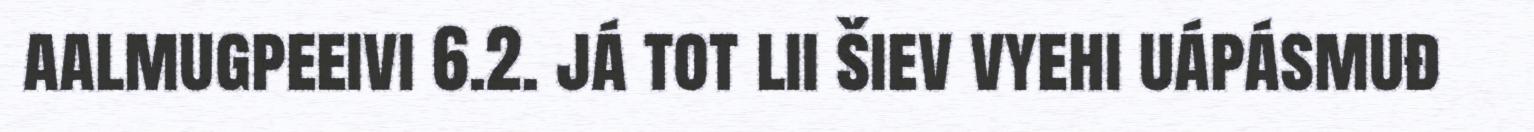
aalmugpeeivi 6.2. já tot lii šiev vyehi uápásmuđ